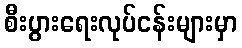
စီးပွားရေးလုပ်ငန်းများမှာ